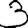
Digit: 3